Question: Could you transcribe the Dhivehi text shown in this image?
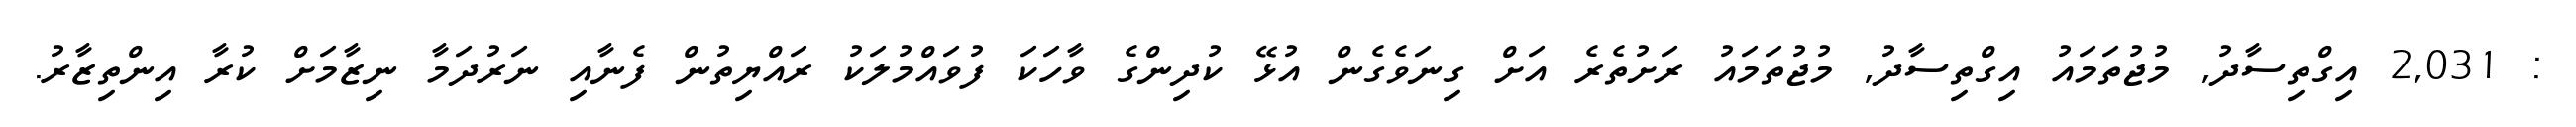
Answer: : 2,031 އިގްތިސާދު, މުޖުތަމައު އިގްތިސާދު, މުޖުތަމައު ރަށުތެރެ އަށް ގިނަވެގެން އުޅޭ ކުދިންގެ ވާހަކަ ފުވައްމުލަކު ރައްޔިތުން ފެނާއި ނަރުދަމާ ނިޒާމަށް ކުރާ އިންތިޒާރު.